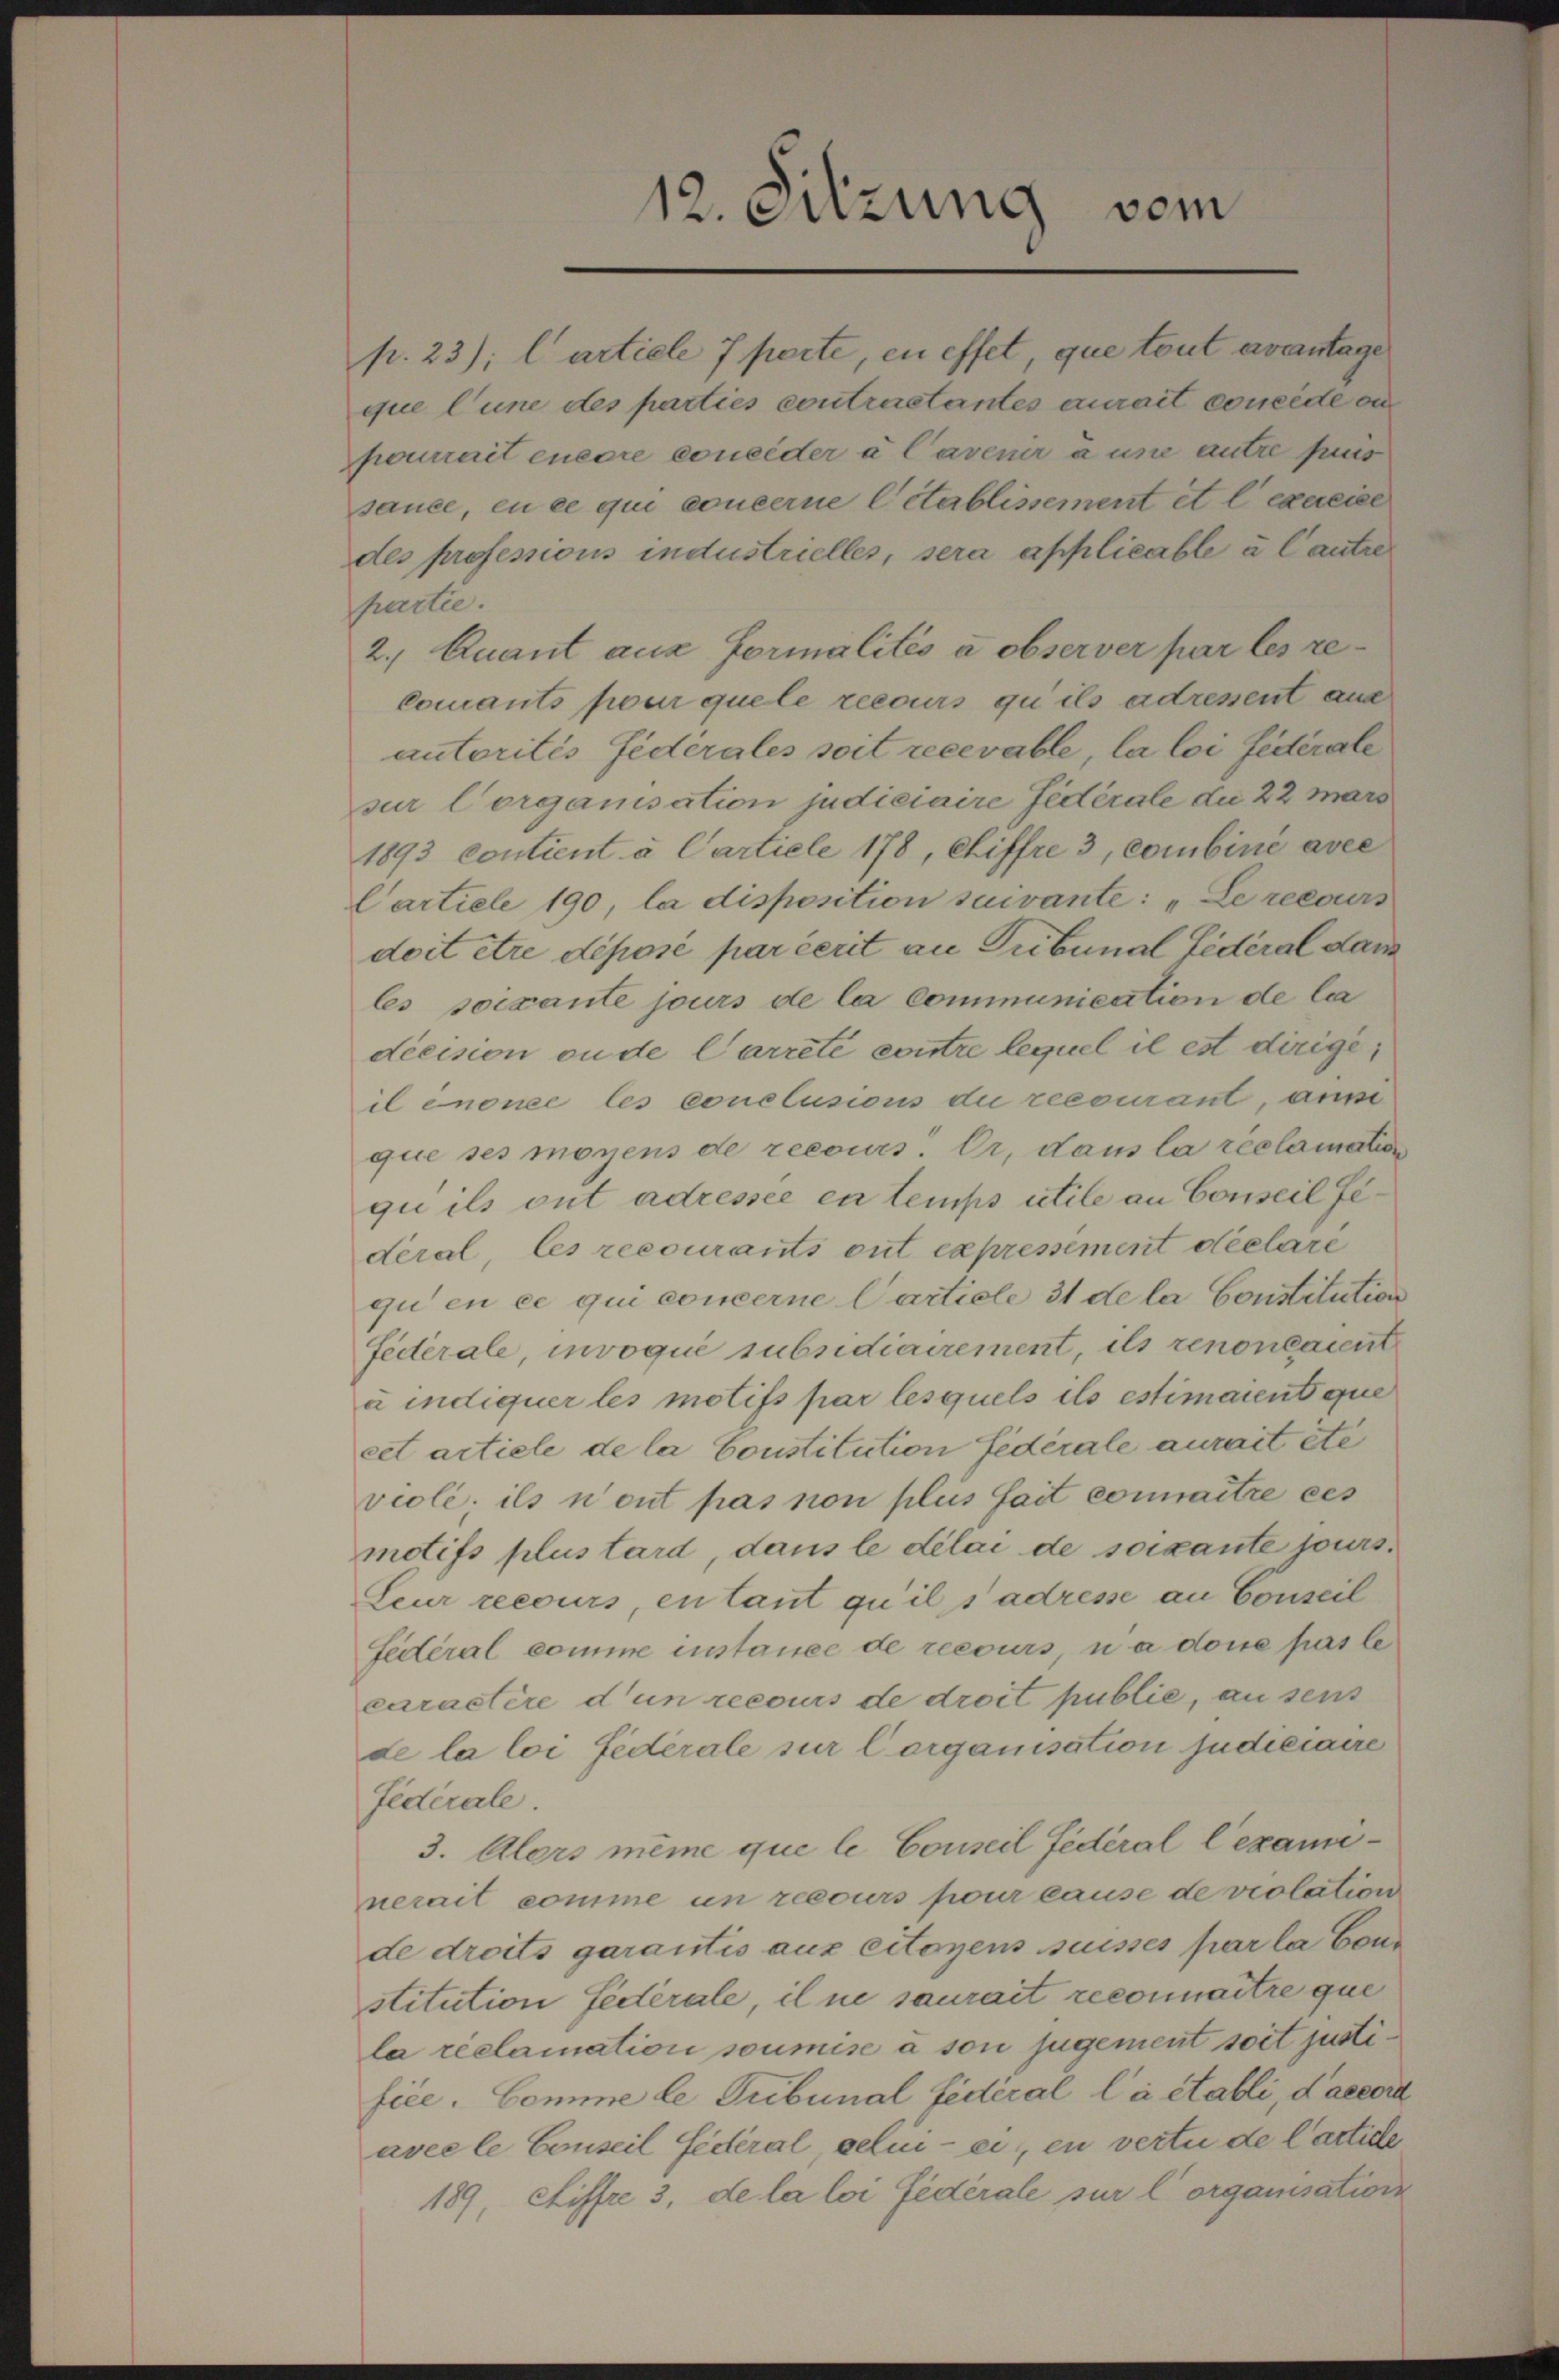
p. 23); l article 7 perte, en effet, que tout avantage
que l’une des parties contrastantes aurait concede ou
perurait encore conceder à Cavenir à une antre faus
sauce, en ce qui concerne Citablissement et l’exercice
des professions industrielles, sera applicable à l’autre
partie.
2. Quant aus formalités a observer par les re¬
Comants pour quele recours qu’ils adressent aus
autorités fédérales soit recevable, la loi fédérale
sur Corganisation judiciaire fédérale die 22 Mars
1893 contient à Carticle 178, Chiffre 3, combiné avec
Cartiele 190, la disposition suivante: „Le recours
doit être déposé par cerit an Gubunal Fidéral dam
les soixante jours de la communication de la
décision ou de Carreté contre lequel il est dirige;
il énonce les conclusions die recourant, ausse
que ses moyens de recours. Er, dans la reclamation
gu ils ont adressée en temps utile an Conseil Fedéral, les recourants ont expressement déclare
qu’en ce qui concerne Carticle 31 de la Constitution
fédérale, invoqué subsidiairement, ils renoneament
à indiquer les motifs par lesquels ils estimaient que
cet artiele de la Constitution fédérale aurait etc
violé; ils n’ont pas non plus fait connaitre ces
motifs plus tard, dans le délai de soixante jours.
Leur recours, en laut qu’il s’adresse an Conseil
fédéral comme instance de recours, u a done pas le
caractère d’un recours de droit publie, an seis
de la loi fédérale sur Corganisation judiciaire
fédérale.
3. Alors même que le Conseil fédéral lexaminerait comme un recours pour cause de violation
de droits garantis aus citoyens suisses par la Constitution fédérale, il ne saurait reconnaitre que
la réclamation soumise à son jugement soit justifice. Comme le Tubunal fédéral là établi daecora
avec le Conseil fédéral, seli - ei, en verte de Carticle
189, Stiffre 3, de la loi fédérale sur l’ organisation

12. Sitzung vom